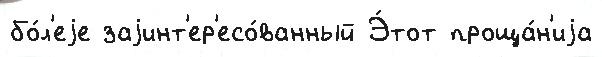
бо́л'еjе заjинт'ер'есо́ванный Э́тот проща́н'иjа